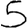
Digit: 5